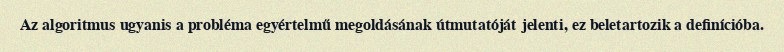
Az algoritmus ugyanis a probléma egyértelmű megoldásának útmutatóját jelenti, ez beletartozik a definícióba.